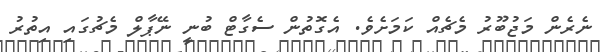
ނެރެން މަޖުބޫރު މެޗެއް ކަމަށެވެ. އެގޮތުން ސެގާޓް ބުނީ ނޭޕާލް މެޗުގައި އިތުރު